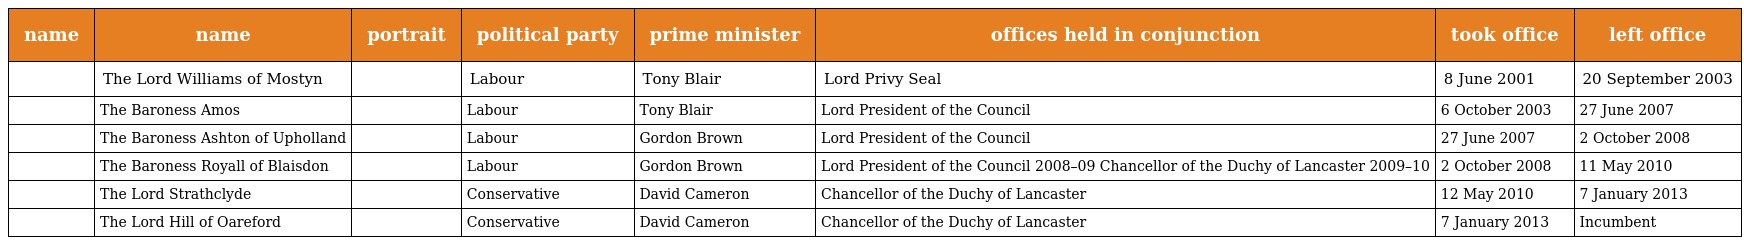
| name | name | portrait | political party | prime minister | offices held in conjunction | took office | left office |
 | --- | --- | --- | --- | --- | --- | --- | --- |
 |  | The Lord Williams of Mostyn |  | Labour | Tony Blair | Lord Privy Seal | 8 June 2001 | 20 September 2003 |
 |  | The Baroness Amos |  | Labour | Tony Blair | Lord President of the Council | 6 October 2003 | 27 June 2007 |
 |  | The Baroness Ashton of Upholland |  | Labour | Gordon Brown | Lord President of the Council | 27 June 2007 | 2 October 2008 |
 |  | The Baroness Royall of Blaisdon |  | Labour | Gordon Brown | Lord President of the Council 2008–09 Chancellor of the Duchy of Lancaster 2009–10 | 2 October 2008 | 11 May 2010 |
 |  | The Lord Strathclyde |  | Conservative | David Cameron | Chancellor of the Duchy of Lancaster | 12 May 2010 | 7 January 2013 |
 |  | The Lord Hill of Oareford |  | Conservative | David Cameron | Chancellor of the Duchy of Lancaster | 7 January 2013 | Incumbent |